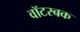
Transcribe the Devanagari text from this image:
वॉटरबक